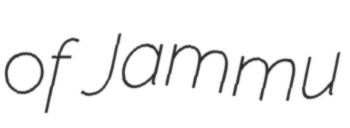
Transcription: of Jammu